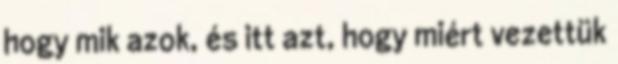
hogy mik azok, és itt azt, hogy miért vezettük